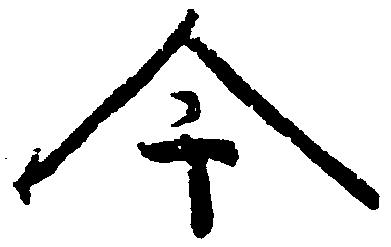
今